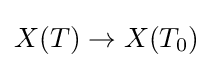
X(T)\to X(T_{0})